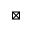
\boxtimes